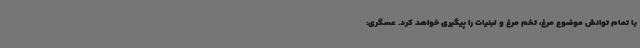
با تمام توانش موضوع مرغ، تخم مرغ و لبنیات را پیگیری خواهد کرد. عسگری: